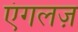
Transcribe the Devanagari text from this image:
एंगलज़